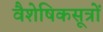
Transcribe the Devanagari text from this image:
वैशेषिकसूत्रों